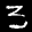
Label: 3